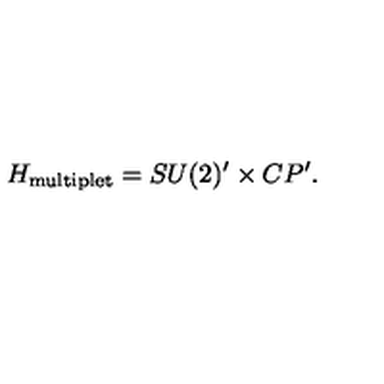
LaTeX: H _ { \mathrm { \tiny m u l t i p l e t } } = S U ( 2 ) ^ { \prime } \times C P ^ { \prime } .